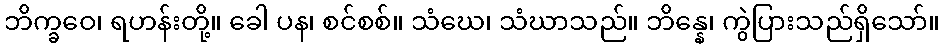
ဘိက္ခဝေ၊ ရဟန်းတို့။ ခေါ ပန၊ စင်စစ်။ သံဃေ၊ သံဃာသည်။ ဘိန္နေ၊ ကွဲပြားသည်ရှိသော်။